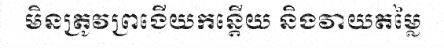
មិនត្រូវព្រងើយកន្តើយ និងវាយតម្លៃ